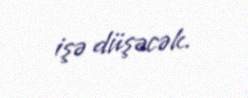
işə düşəcək.